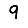
Digit: 9